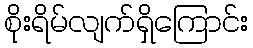
စိုးရိမ်လျက်ရှိကြောင်း